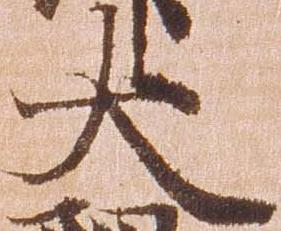
大